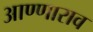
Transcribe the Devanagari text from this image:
आण्णाराव